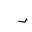
Letter: _dal